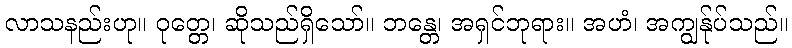
လာသနည်းဟု။ ဝုတ္တေ၊ ဆိုသည်ရှိသော်။ ဘန္တေ၊ အရှင်ဘုရား။ အဟံ၊ အကျွန်ုပ်သည်။